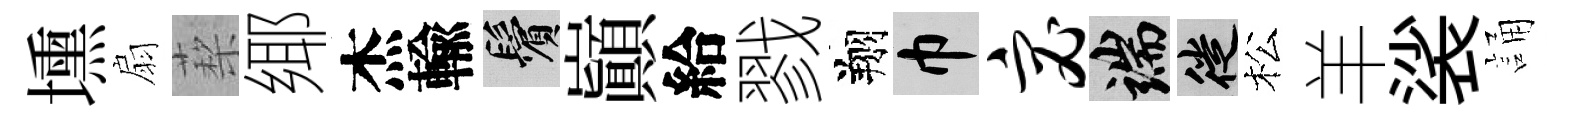
壎扇蔾鄊杰輸鬢巔給戮翔巾宓端徙松羊裟誦